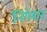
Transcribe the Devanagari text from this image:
निगेशन